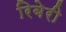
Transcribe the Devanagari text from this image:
रिबेरी